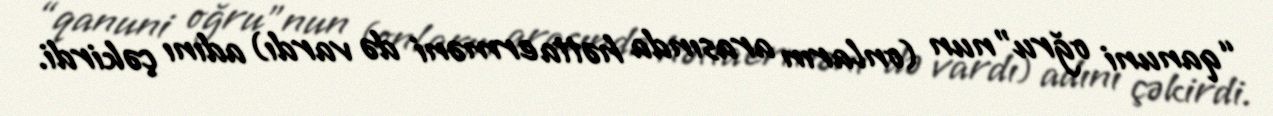
“qanuni oğru”nun (onların arasında hətta erməni də vardı) adını çəkirdi.